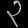
Digit: ၃